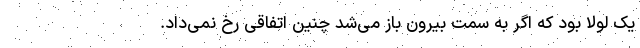
یک لولا بود که اگر به سمت بیرون باز می‌شد چنین اتفاقی رخ نمی‌داد.